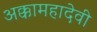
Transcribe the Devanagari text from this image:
अक्कामहादेवी